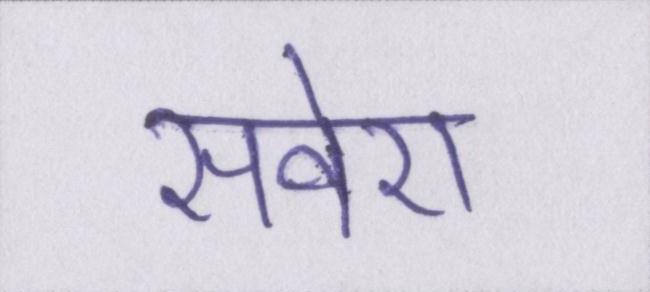
सवेरा